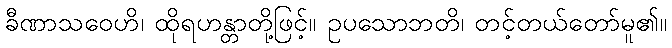
ခီဏာသဝေဟိ၊ ထိုရဟန္တာတို့ဖြင့်။ ဥပသောဘတိ၊ တင့်တယ်တော်မူ၏။